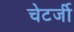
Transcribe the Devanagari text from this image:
चेटर्जी